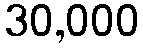
30,000